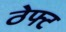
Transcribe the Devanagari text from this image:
ठेफ्ट